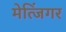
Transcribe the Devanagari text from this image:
मेत्जिंगर